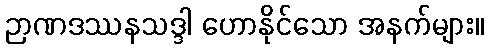
ဉာဏဒဿနသဒ္ဒါ ဟောနိုင်သော အနက်များ။